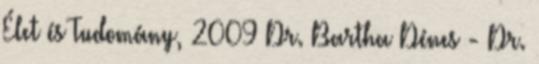
Élet és Tudomány, 2009 Dr. Bartha Dénes - Dr.